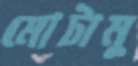
মোটামু